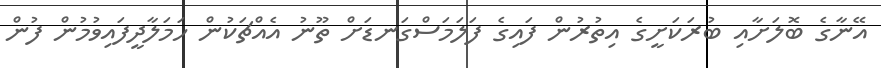
އޭނާގެ ބޮލަށާއި ބުރަކަށީގެ އިތުރުން ފައިގެ ފަލަމަސްގަނޑަށް ތޫނު އެއްޗަކުން ހަމަލާދީފައިވުމުން ފުން